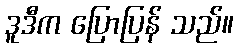
ဒူဒီက ပြောပြန် သည်။